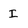
Character: I